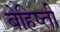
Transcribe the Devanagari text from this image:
बेहिष्ती